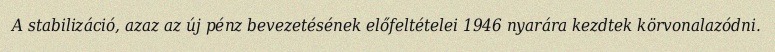
A stabilizáció, azaz az új pénz bevezetésének előfeltételei 1946 nyarára kezdtek körvonalazódni.